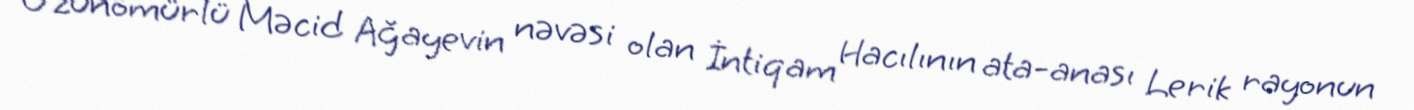
Uzunömürlü Məcid Ağayevin nəvəsi olan İntiqam Hacılının ata-anası Lerik rayonun